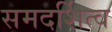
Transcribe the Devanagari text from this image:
समदर्शित्व